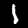
Digit: 1